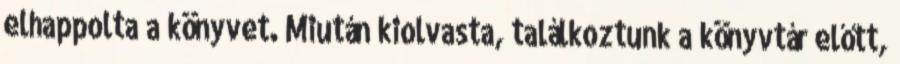
elhappolta a könyvet. Miután kiolvasta, találkoztunk a könyvtár előtt,